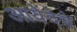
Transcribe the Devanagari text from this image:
आयेंदेचे